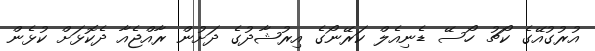
އުރުގުއޭގެ ކޯޗު ހޯސޭ ޑެނިއެލް ކަރޭނޯގެ އިރުޝާދުގެ ދަށުން ރާއްޖެއާ ދެކޮޅަށް ކުޅެން